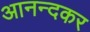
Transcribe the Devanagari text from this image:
आनन्दकर